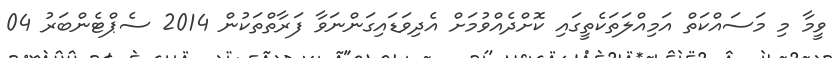
ވީމާ މި މަސައްކަތް އަމިއްލަތަކެތީގައި ކޮށްދެއްވުމަށް އެދިވަޑައިގަންނަވާ ފަރާތްތަކުން 2014 ސެޕްޓެންބަރު 04